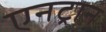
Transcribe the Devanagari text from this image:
एनट्रान